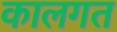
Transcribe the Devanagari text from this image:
कालगत